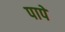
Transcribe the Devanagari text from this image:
पापें